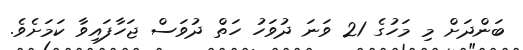
ބަންދަށް މި މަހުގެ 21 ވަނަ ދުވަހު ހަތް ދުވަސް ޖަހާފައިވާ ކަމަށެވެ.